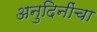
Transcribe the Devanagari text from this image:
अनुदिनींचा